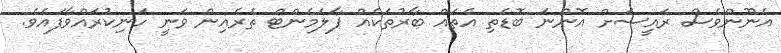
އެނޫންވެސް ރައީސަށް އޮންނަ ބޮޑެތި އެތައް ބާރުތަކެއް ޕާލަމެންޓް ތެރެއިން ވަނީ ހަނިކުރައްވާފައެވެ.